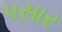
પસાર